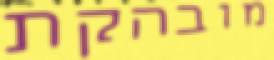
מובהקת